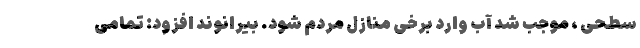
سطحی ، موجب شد آب وارد برخی منازل مردم شود. بیرانوند افزود: تمامی